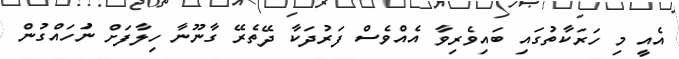
އެއީ މި ހަރަކާތުގައި ބައިވެރިވާ އެއްވެސް ފަރުދަކާ ދޭތެރޭ ގާނޫނާ ހިލާފަށް ނުަހައްގުން